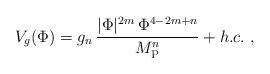
LaTeX: \begin{align*}V_g(\Phi) = g_n\, { |\Phi|^{2m}\, \Phi^{4-2m+n}\over M_{\rm P}^n} + h.c.\ ,\end{align*}